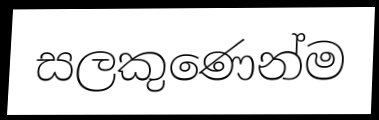
සලකුණෙන්ම